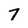
Character: 7